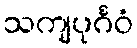
သကျပုင်္ဂဝံ